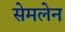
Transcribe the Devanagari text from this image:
सेमलेन